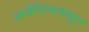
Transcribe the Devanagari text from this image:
आर्जेन्टिनापासून